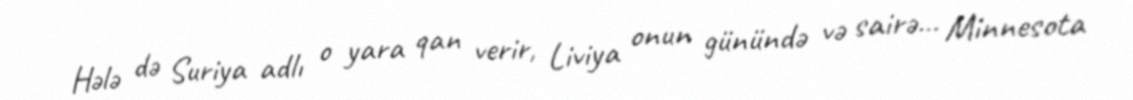
Hələ də Suriya adlı o yara qan verir, Liviya onun günündə və sairə... Minnesota